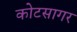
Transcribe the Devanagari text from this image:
कोटसागर